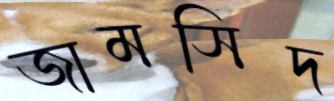
জামসিদ